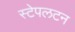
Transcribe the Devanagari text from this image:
स्टेपलटन